Civil Veterinary Department Bengal reports 1933-51 - 1933-1951
Year: 1933
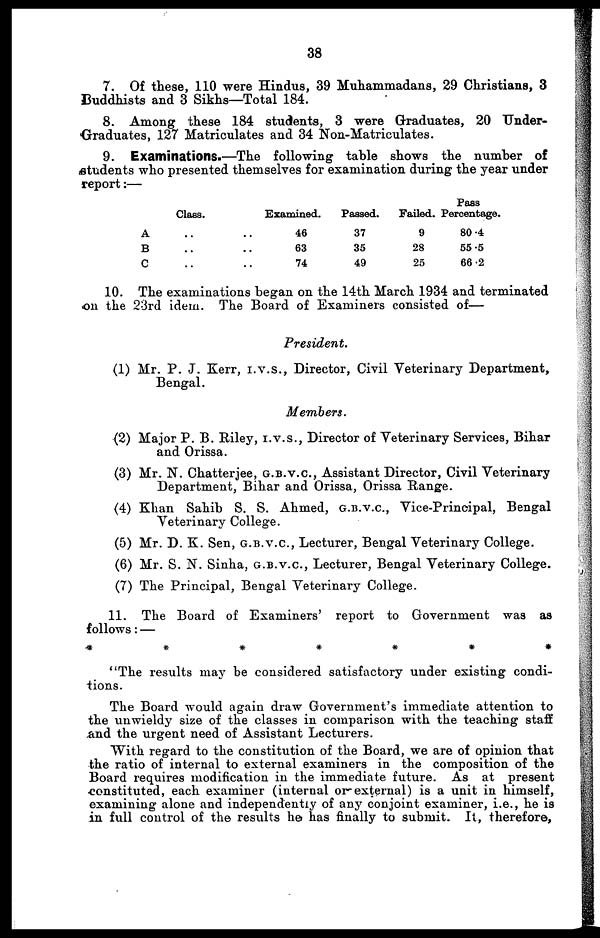
38
7. Of these, 110 were Hindus, 39 Muhammadans, 29 Christians, 3
Buddhists and 3 Sikhs—Total 184.
8. Among these 184 students, 3 were Graduates, 20 Under-
Graduates, 127 Matriculates and 34 Non-Matriculates.
9. Examinations.—The following table shows the number of
students who presented themselves for examination during the year under
report :—
A
B
C
Class.
..
..
..
Examined.
.. 46
.. 63
.. 74
Passed.
37
35
49
Failed.
9
28
25
Pass
Percentage.
80 .4
55 .5
66 .2
10. The examinations began on the 14th March 1934 and terminated
on the 23rd idem. The Board of Examiners consisted of—
President.
(1) Mr. P. J. Kerr, I.V.S., Director, Civil Veterinary Department,
Bengal.
Members.
(2) Major P. B. Riley, I.V.S., Director of Veterinary Services, Bihar
and Orissa.
(3) Mr. N. Chatterjee, G.B.V.C., Assistant Director, Civil Veterinary
Department, Bihar and Orissa, Orissa Range.
(4) Khan Sahib S. S. Ahmed, G.B.V.C., Vice-Principal, Bengal
Veterinary College.
(5) Mr. D. K. Sen, G.B.V.C., Lecturer, Bengal Veterinary College.
(6) Mr. S. N. Sinha, G.B.V.C, Lecturer, Bengal Veterinary College.
(7) The Principal, Bengal Veterinary College.
11. The Board of Examiners' report to Government was as
follows :—
* *
*
*
*
*
*
*
"The results may be considered satisfactory under existing condi-
tions.
The Board would again draw Government's immediate attention to
the unwieldy size of the classes in comparison with the teaching staff
and the urgent need of Assistant Lecturers.
With regard to the constitution of the Board, we are of opinion that
the ratio of internal to external examiners in the composition of the
Board requires modification in the immediate future. As at present
constituted, each examiner (internal or external) is a unit in himself,
examining alone and independently of any conjoint examiner, i.e., he is
in full control of the results he has finally to submit. It, therefore,